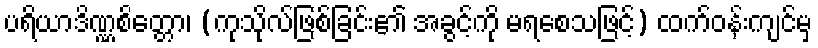
ပရိယာဒိဏ္ဏစိတ္တော၊ (ကုသိုလ်ဖြစ်ခြင်း၏ အခွင့်ကို မရစေသဖြင့်) ထက်ဝန်းကျင်မှ